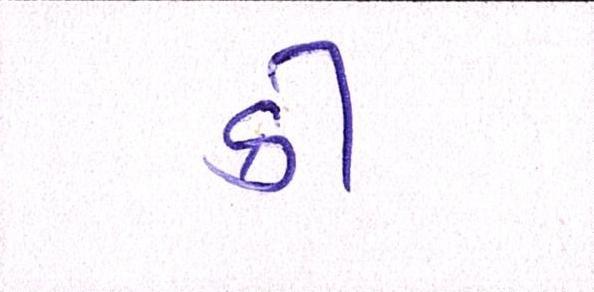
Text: કી